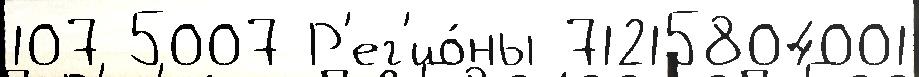
107 5007 Р'ег'ио́ны 71215804001